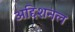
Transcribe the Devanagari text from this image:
अद्दिशनल